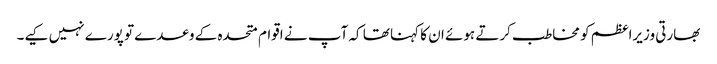
بھارتی وزیراعظم کو مخاطب کرتے ہوئے ان کا کہنا تھا کہ آپ نے اقوام متحدہ کے وعدے تو پورے نہیں کیے۔